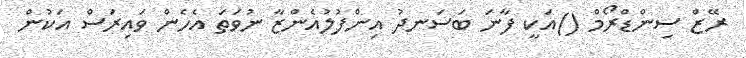
ރޭޒް ސިންޑްރޯމް ()އަކީ ފާނަ ބަސަނދު އިންފުލުއެންޒާ ނުވަތަ އެހެން ވައިރަސް އަކުން